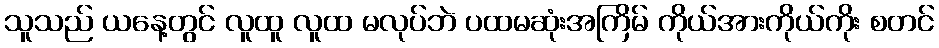
သူသည် ယနေ့တွင် လူထူ လူထ မလုပ်ဘဲ ပထမဆုံးအကြိမ် ကိုယ်အားကိုယ်ကိုး စတင်